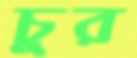
চুর